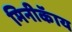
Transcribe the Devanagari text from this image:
मिनीकॅाय